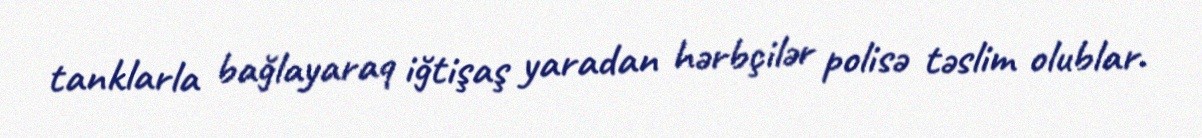
tanklarla bağlayaraq iğtişaş yaradan hərbçilər polisə təslim olublar.